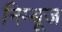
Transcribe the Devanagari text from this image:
निम्बूज